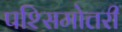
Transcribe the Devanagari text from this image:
पश्सिमोत्तरी